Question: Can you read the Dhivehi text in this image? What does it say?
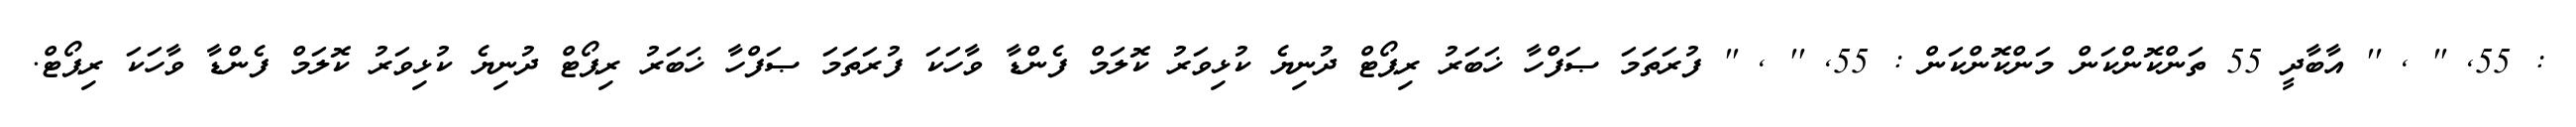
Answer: : 55, '' , '' އާބާދީ 55 ތަންކޮންކަން މަންކޮންކަން : 55, '' , '' ފުރަތަމަ ޞަފްހާ ޚަބަރު ރިޕޯޓް ދުނިޔެ ކުޅިވަރު ކޮލަމް ފެންޑާ ވާހަކަ ފުރަތަމަ ޞަފްހާ ޚަބަރު ރިޕޯޓް ދުނިޔެ ކުޅިވަރު ކޮލަމް ފެންޑާ ވާހަކަ ރިޕޯޓް.